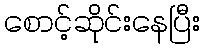
စောင့်ဆိုင်းနေပြီး